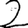
Digit: 2